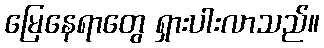
မြေနေရာတွေ ရှားပါးလာသည်။